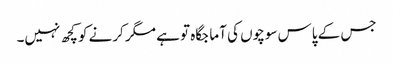
جس کے پاس سوچوں کی آما جگاہ تو ہے مگر کرنے کو کچھ نہیں۔